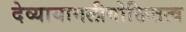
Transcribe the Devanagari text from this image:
देव्यायामलीयोक्तितत्व